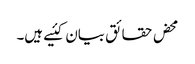
محض حقائق بیان کئیے ہیں۔